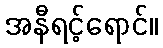
အနီရင့်ရောင်။